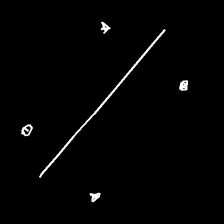
Glyph: cool